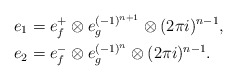
\begin{align*}e_1 & = e_f^+ \otimes e_g^{(-1)^{n+1}} \otimes (2\pi i)^{n-1},\\e_2 & = e_f^- \otimes e_g^{(-1)^n} \otimes (2\pi i)^{n-1}.\end{align*}